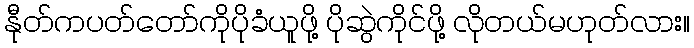
နီုတ်ကပတ်တော်ကိုပိုခံယူဖို့ ပိုဆွဲကိုင်ဖို့ လိုတယ်မဟုတ်လား။